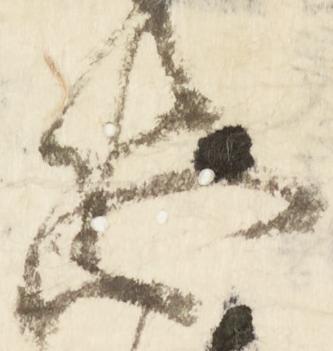
恐